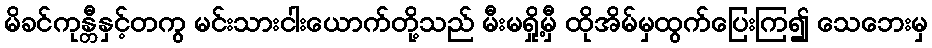
မိခင်ကုန္တီနှင့်တကွ မင်းသားငါးယောက်တို့သည် မီးမရှို့မှီ ထိုအိမ်မှထွက်ပြေးကြ၍ သေဘေးမှ